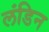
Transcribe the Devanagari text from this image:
लंडिन